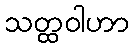
သတ္ထဝါဟာ